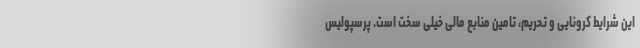
این شرایط کرونایی و تحریم، تامین منابع مالی خیلی سخت است. پرسپولیس